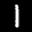
Label: 1